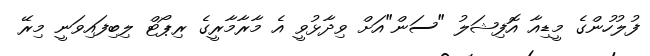
ފުލުހުންގެ މީޑިއާ އޮފިޝަލު "ސަން"އަށް ވިދާޅުވީ އެ މާރާމާރީގެ ރިޕޯޓް ލިބިފައިވަނީ މިރޭ